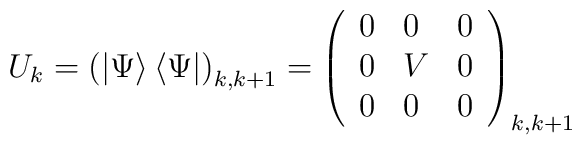
U_{k}=\left( \left| \Psi \right\rangle \left\langle \Psi \right| \right)_{k,k+1}=\left( \begin{array}{lll}0 & 0 & 0 \\ 0 & V & 0 \\ 0 & 0 & 0\end{array}\right) _{k,k+1}